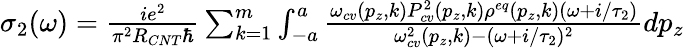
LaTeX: \begin{array}{r}{\sigma_{2}(\omega)=\frac{ie^{2}}{\pi^{2}R_{CNT}\hbar}\sum_{k=1}^{m}\int_{-a}^{a}\frac{\omega_{cv}(p_{z},k)P_{cv}^{2}(p_{z},k)\rho^{eq}(p_{z},k)(\omega+i/\tau_{2})}{\omega_{cv}^{2}(p_{z},k)-(\omega+i/\tau_{2})^{2}}dp_{z}}\end{array}